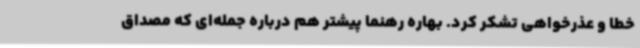
خطا و عذرخواهی تشکر کرد. بهاره رهنما پیشتر هم درباره جمله‌ای که مصداق